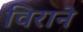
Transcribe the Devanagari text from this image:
विराने